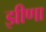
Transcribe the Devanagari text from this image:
झीणा